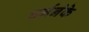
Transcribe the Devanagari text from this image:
बर्ननंके